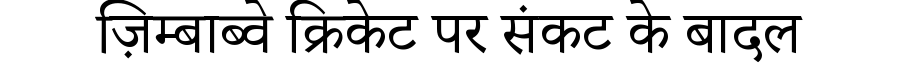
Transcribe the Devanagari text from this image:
ज़िम्बाब्वे क्रिकेट पर संकट के बादल